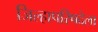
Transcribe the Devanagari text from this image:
जिल्हापरिषदेला